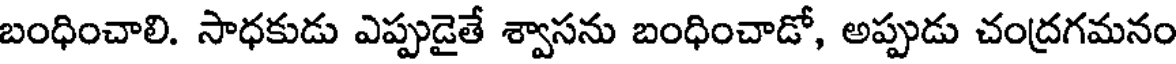
బంధించాలి. సాధకుడు ఎప్పుడైతే శ్వాసను బంధించాడో, అప్పుడు చంద్రగమనం